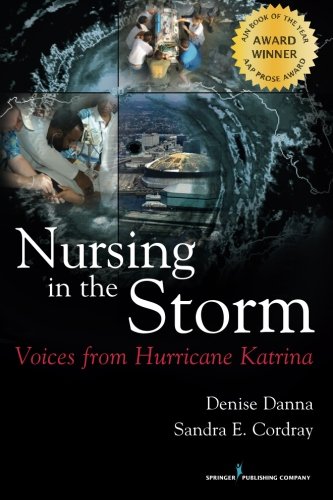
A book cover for Nursing in the Storm: Voices from Hurricane Katrina; Denise Danna DNS  RN; Science & Math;